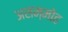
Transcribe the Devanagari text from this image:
असम्मोह